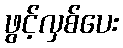
ဖွင့်လှစ်ပေး